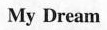
My Dream